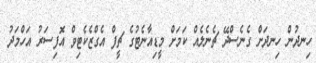
ހިނދުން ހިނދަށް ގެނެސްދޭ ޗެނެލެއް ކަމަށް މީޑިއާނެޓުގެ ޗީފް އެގްޒެކެޓިވް އޮފިސަރު އަހްމަދު